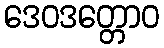
ဒေဝဒတ္တောဝ